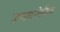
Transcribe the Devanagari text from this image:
उपासनेतील